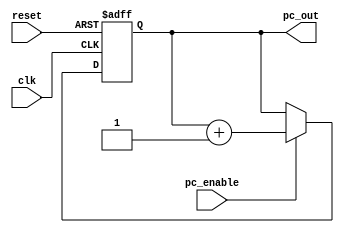
 ///////////////////////////////////////////////////////////////////////////////
 //
 // Class:  CS/ECE 3700
 // Module: PC.v
 // Project: Project - 4-bit CPU (processor)
 // Description: Design a simple 4-bit CPU (Processor)
 //   Program Counter Module
 //
 ///////////////////////////////////////////////////////////////////////////////

module PC(reset, clk, pc_enable, pc_out);
    input reset, clk, pc_enable;
    output [3:0] pc_out;
    reg [3:0] pc_out;
    
    wire clk,reset,enable;

    always @ (posedge clk or posedge reset)
        begin
            if(reset == 1'b1)
                pc_out <= 0;
            else if (pc_enable == 1'b1)
                pc_out <= pc_out + 1;
        end

endmodule